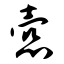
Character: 悫